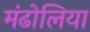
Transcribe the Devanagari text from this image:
मंढोलिया